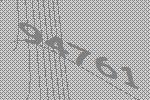
94761